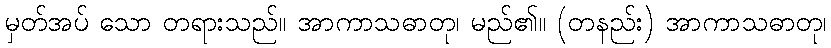
မှတ်အပ် သော တရားသည်။ အာကာသဓာတု၊ မည်၏။ (တနည်း) အာကာသဓာတု၊